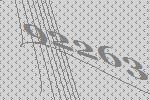
92263